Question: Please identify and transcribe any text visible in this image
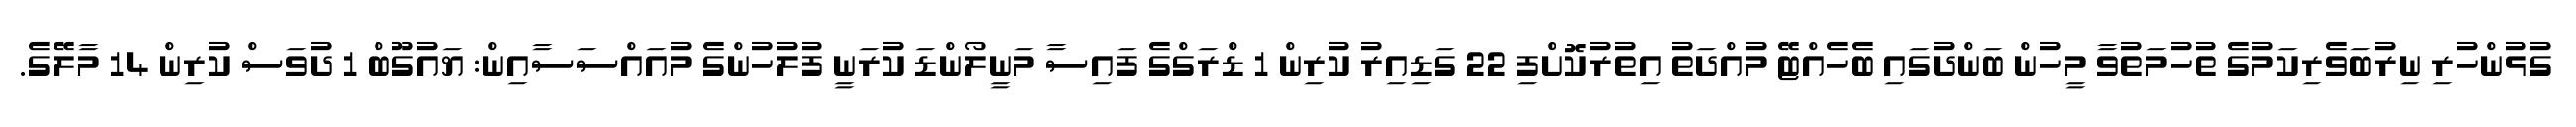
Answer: ގުޅުންހުރި ނިރުބަވެރިކަމުގެ ތުހުމަތުވާ މީހުން ބަންދުގައި ބެހެއްޓޭ މުއްދަތު އިތުރުކޮށްފި 22 ގަޑިއިރު ކުރިން 1 ޑްރަގްގެ ފައިސާ މަނީލޯންޑަ ކުރަނީ ފުލުހުންގެ މުއައްސަސާއިން: ޔައުގޫބް 1 ދުވަސް ކުރިން 14 މާލޭގެ.